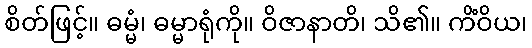
စိတ်ဖြင့်။ ဓမ္မံ၊ ဓမ္မာရုံကို။ ဝိဇာနာတိ၊ သိ၏။ ကိံဝိယ၊